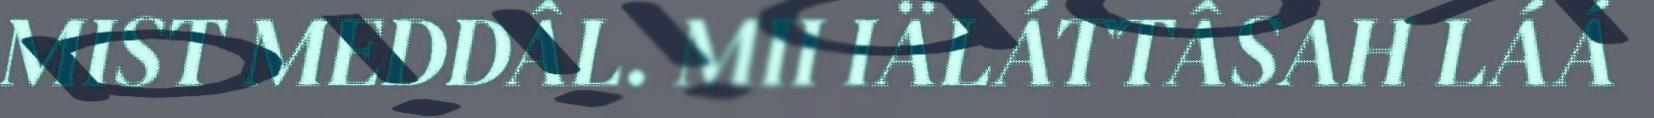
MIST MEDDÂL. MII IÄLÁTTÂSAH LÁÁ